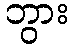
ဘွား